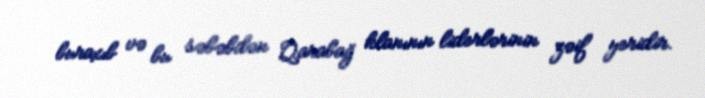
buraxıb və bu səbəbdən Qarabağ klanının liderlərinin zəif yeridir.